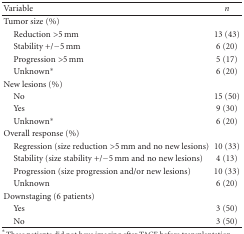
<table><thead><tr><td><b>Variable</b></td><td><b><i>n</i></b></td></tr></thead><tbody><tr><td>Tumor size (%)</td><td></td></tr><tr><td> Reduction &gt;5 mm</td><td>13 (43)</td></tr><tr><td> Stability +/−5 mm</td><td>6 (20)</td></tr><tr><td> Progression &gt;5 mm</td><td>5 (17)</td></tr><tr><td> Unknown*</td><td>6 (20)</td></tr><tr><td>New lesions (%)</td><td></td></tr><tr><td> No</td><td> 15 (50)</td></tr><tr><td> Yes</td><td>9 (30)</td></tr><tr><td> Unknown*</td><td>6 (20)</td></tr><tr><td>Overall response (%)</td><td></td></tr><tr><td> Regression (size reduction &gt;5 mm and no new lesions)</td><td>10 (33)</td></tr><tr><td> Stability (size stability +/−5 mm and no new lesions)</td><td>4 (13)</td></tr><tr><td> Progression (size progression and/or new lesions)</td><td>10 (33)</td></tr><tr><td> Unknown</td><td>6 (20)</td></tr><tr><td>Downstaging (6 patients)</td><td></td></tr><tr><td> Yes</td><td>3 (50)</td></tr><tr><td> No</td><td>3 (50)</td></tr></tbody></table>